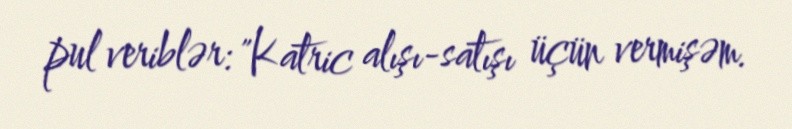
pul veriblər: "Katric alışı-satışı üçün vermişəm.